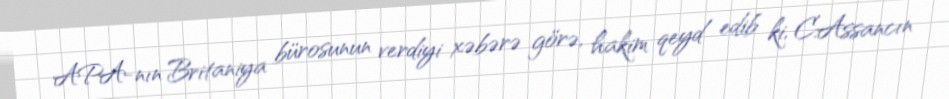
APA-nın Britaniya bürosunun verdiyi xəbərə görə, hakim qeyd edib ki, C.Assancın